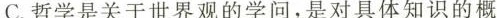
C.哲学是关于世界观的学问，是对具体知识的概